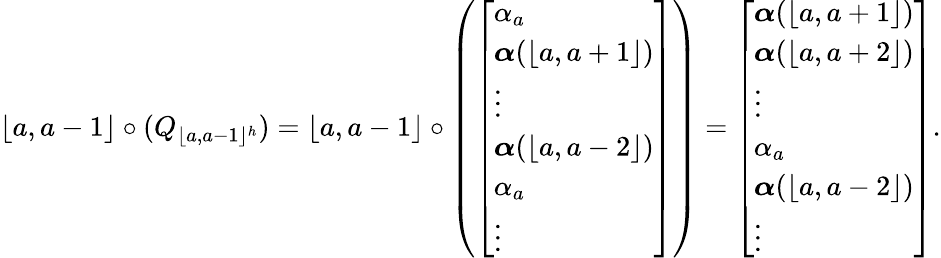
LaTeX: \lfloor a,a-1\rfloor\circ(Q_{\lfloor a,a-1\rfloor^{h}})=\lfloor a,a-1\rfloor\circ\left(\left[\begin{array}{l}{\alpha_{a}}\\ {\boldsymbol{\alpha}(\lfloor a,a+1\rfloor)}\\ {\vdots}\\ {\boldsymbol{\alpha}(\lfloor a,a-2\rfloor)}\\ {\alpha_{a}}\\ {\vdots}\end{array}\right]\right)=\left[\begin{array}{l}{\boldsymbol{\alpha}(\lfloor a,a+1\rfloor)}\\ {\boldsymbol{\alpha}(\lfloor a,a+2\rfloor)}\\ {\vdots}\\ {\alpha_{a}}\\ {\boldsymbol{\alpha}(\lfloor a,a-2\rfloor)}\\ {\vdots}\end{array}\right].